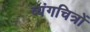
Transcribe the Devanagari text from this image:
व्यंगचित्रों